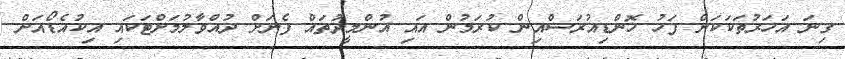
ގިނަ އަހަރުތަކަކަށް ފަހު ހޮންޑިއުރަސްއިން ކުރަމުން އައި އުންމީދުތައް ފެނަށް ދުއްވާލުމަށްޓަކައި އިކުއެޑޯއަށް